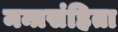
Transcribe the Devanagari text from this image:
मन्त्रसंहिता